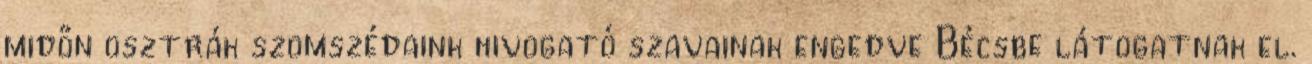
midőn osztrák szomszédaink hivogató szavainak engedve Bécsbe látogatnak el.